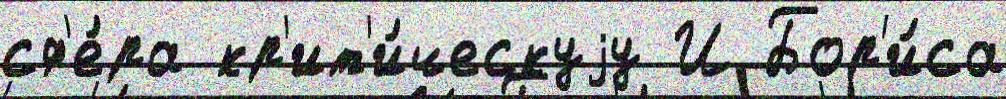
сф'е́ра кр'ит'и́ческуjу И Бор'и́са